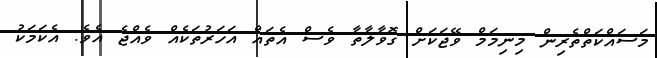
މަސައްކަތްތެރިން މިނިމަމް ވޭޖަކަށް ގޮވާލާތާ ވެސް އެތައް އަހަރުތަކެއް ވެއްޖެ އެވެ. އެކަމަކު